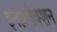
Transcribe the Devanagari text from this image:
इनफ़्लेक्शन